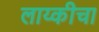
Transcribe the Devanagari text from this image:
लाय्कीचा